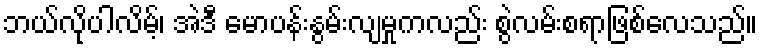
ဘယ်လိုပါလိမ့်၊ အဲဒီ မောပန်းနွမ်းလျမှုကလည်း စွဲလမ်းစရာဖြစ်လေသည်။